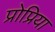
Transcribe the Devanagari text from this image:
प्रोप्रिया